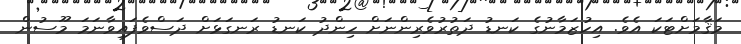
މަޤާމަށްޓަކަ އެވެ. އިހުޒަމާނުގެ ކަނޑު ދަތުރުވެރިންނަށް ހިންދު ކަނޑު ރަނގަޅަށް ދަސްވެފައިވާނަމަ މޫސުން